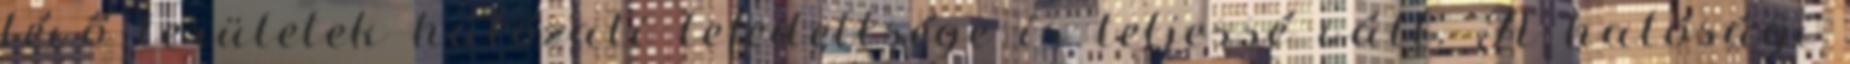
lévő területek hálózati lefedettsége is teljessé vált. A hatósági